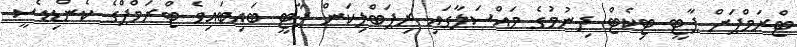
ޓްރަމްޕަށް ޕާޓީ ޓިކެޓް ދިނުމުގެ މައްސަލާގައި ރިޕަބްލިކަން ޕާޓީ ބައިބައިވެ ޓްރަމްޕްގެ ކެންޑިޑެސީ